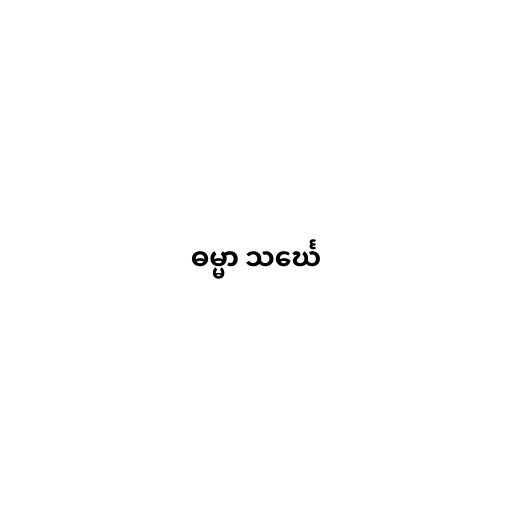
ဓမ္မာ သင်္ဃေ